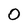
Character: 0